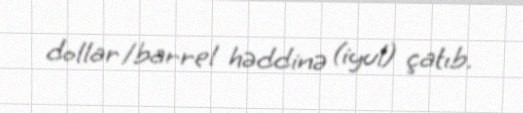
dollar/barrel həddinə (iyul) çatıb.